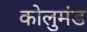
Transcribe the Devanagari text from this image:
कोलुमंड